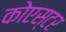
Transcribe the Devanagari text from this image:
कोएस्टर